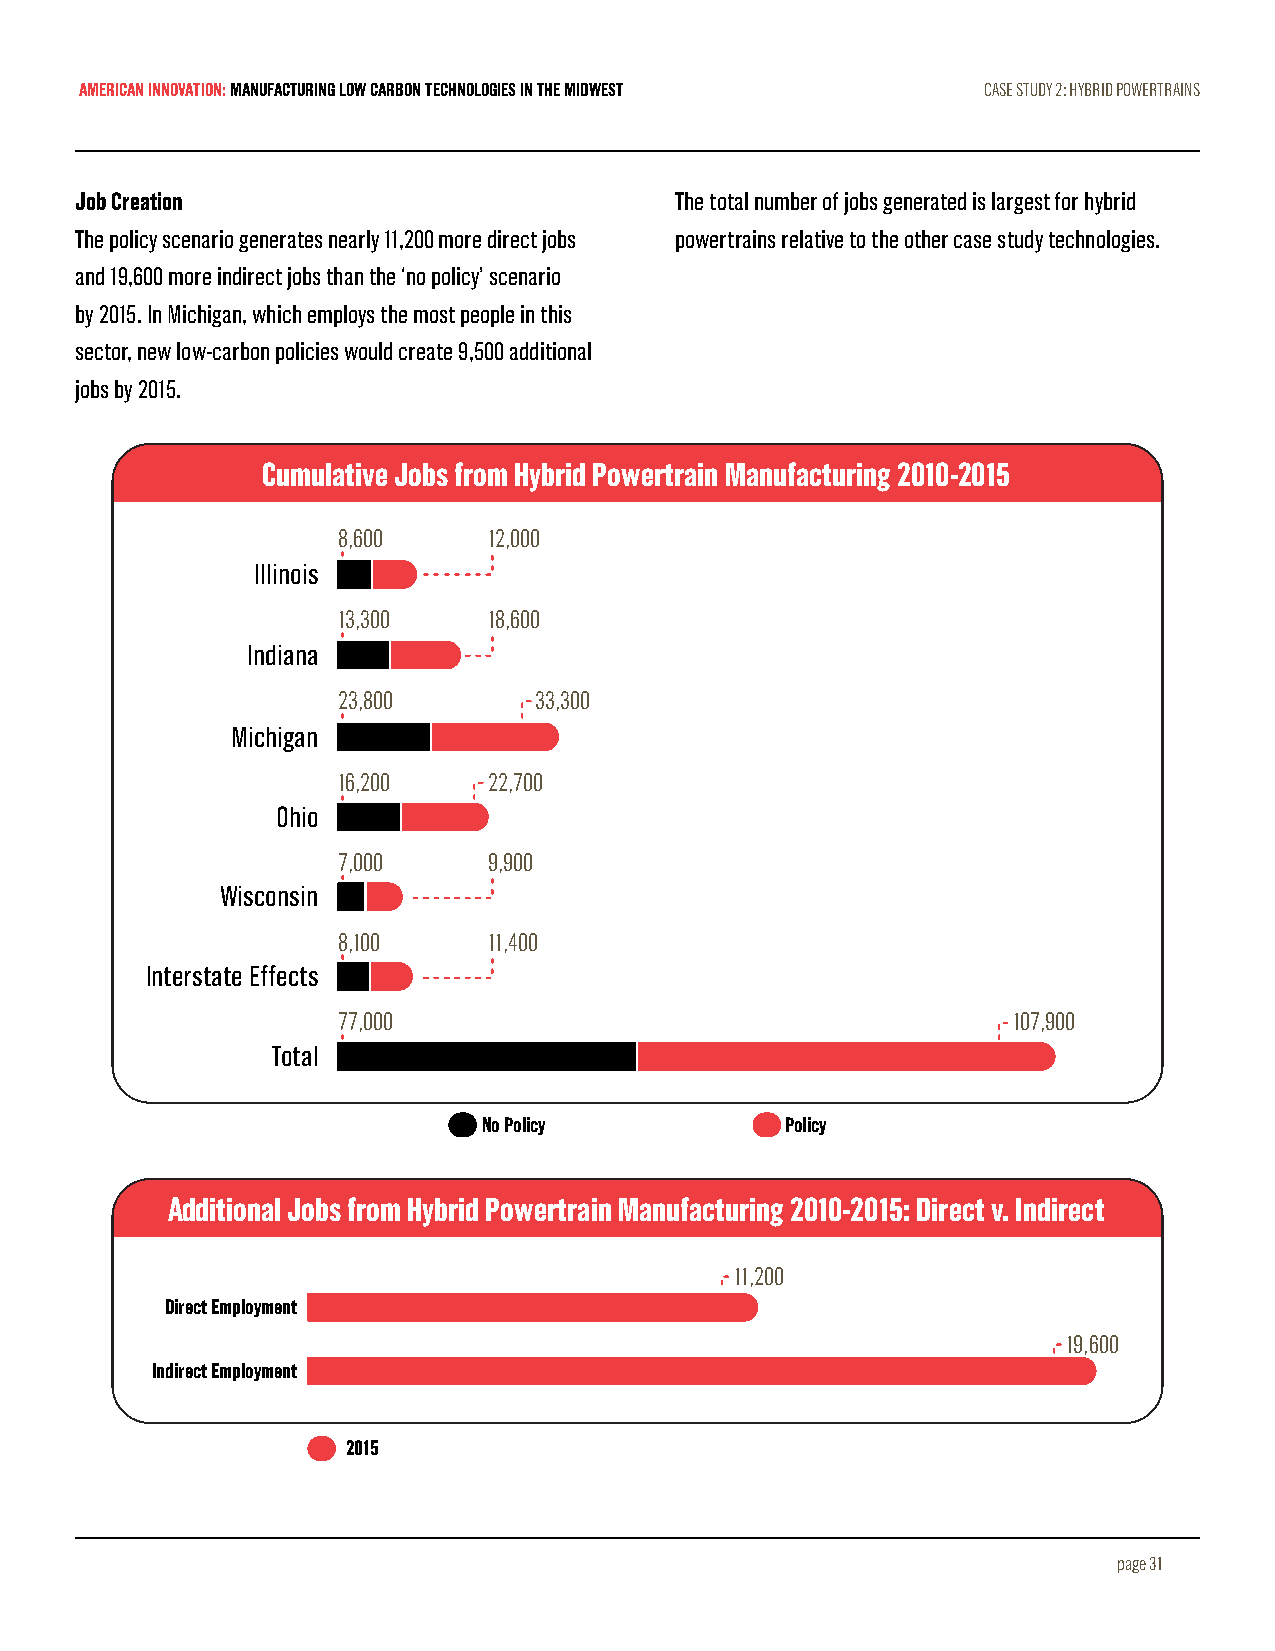
AMERICAN INNOVATION: MANUFACTURING LOW CARBON TECHNOLOGIES IN THE MIDWEST CASE STUDY 2: HYBRID POWERTRAINS
 Job Creation                            The total number of jobs generated is largest for hybrid
 The policy scenario generates nearly 11,200 more direct jobs powertrains relative to the other case study technologies.
 and 19,600 more indirect jobs than the ‘no policy’ scenario
 by 2015. In Michigan, which employs the most people in this
 sector, new low-carbon policies would create 9,500 additional
 jobs by 2015.
 Cumulative Jobs from Hybrid Powertrain Manufacturing 2010-2015
 8,600     12,000
 Illinois
 13,300    18,600
 Indiana
 23,800       33,300
 Michigan
 16,200    22,700
 Ohio
 7,000     9,900
 Wisconsin
 8,100     11,400
 Interstate Effects
 77,000                                       107,900
 Total
 No Policy           Policy
 Additional Jobs from Hybrid Powertrain Manufacturing 2010-2015: Direct v. Indirect
 11,200
 Direct Employment
 19,600
 Indirect Employment
 2015
 page 31